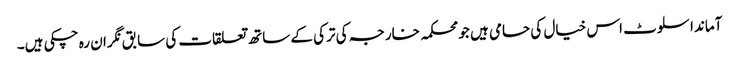
آماندا سلوٹ اس خیال کی حامی ہیں جو محکمہ خارجہ کی ترکی کے ساتھ تعلقات کی سابق نگران رہ چکی ہیں۔